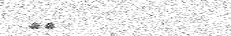
١١